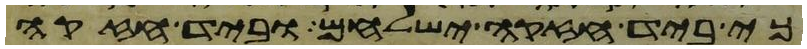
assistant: כי ביד חזקה ישלחם וביד חזקה